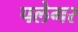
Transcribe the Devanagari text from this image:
पलेगर